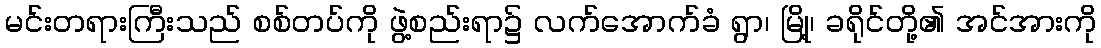
မင်းတရားကြီးသည် စစ်တပ်ကို ဖွဲ့စည်းရာ၌ လက်အောက်ခံ ရွာ၊ မြို့၊ ခရိုင်တို့၏ အင်အားကို